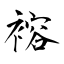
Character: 褣